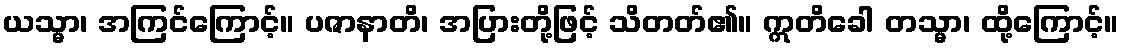
ယသ္မာ၊ အကြင်ကြောင့်။ ပဇာနာတိ၊ အပြားတို့ဖြင့် သိတတ်၏။ ဣတိခေါ တသ္မာ၊ ထို့ကြောင့်။